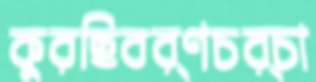
কুরছিবর্ণচর্চা